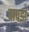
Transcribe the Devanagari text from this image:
बापडा